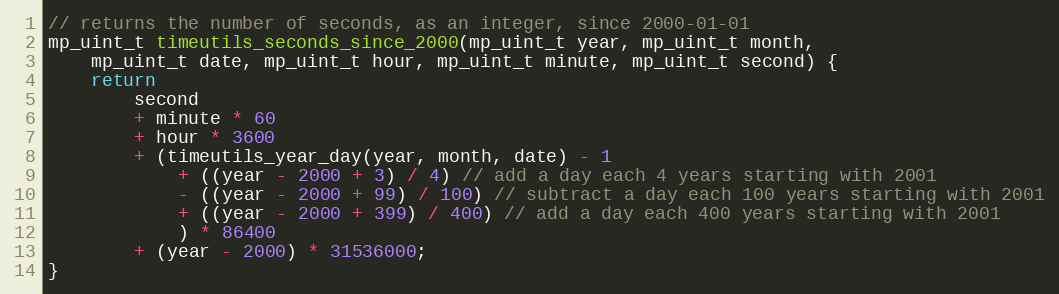
Language: C
// returns the number of seconds, as an integer, since 2000-01-01
mp_uint_t timeutils_seconds_since_2000(mp_uint_t year, mp_uint_t month,
    mp_uint_t date, mp_uint_t hour, mp_uint_t minute, mp_uint_t second) {
    return
        second
        + minute * 60
        + hour * 3600
        + (timeutils_year_day(year, month, date) - 1
            + ((year - 2000 + 3) / 4) // add a day each 4 years starting with 2001
            - ((year - 2000 + 99) / 100) // subtract a day each 100 years starting with 2001
            + ((year - 2000 + 399) / 400) // add a day each 400 years starting with 2001
            ) * 86400
        + (year - 2000) * 31536000;
}